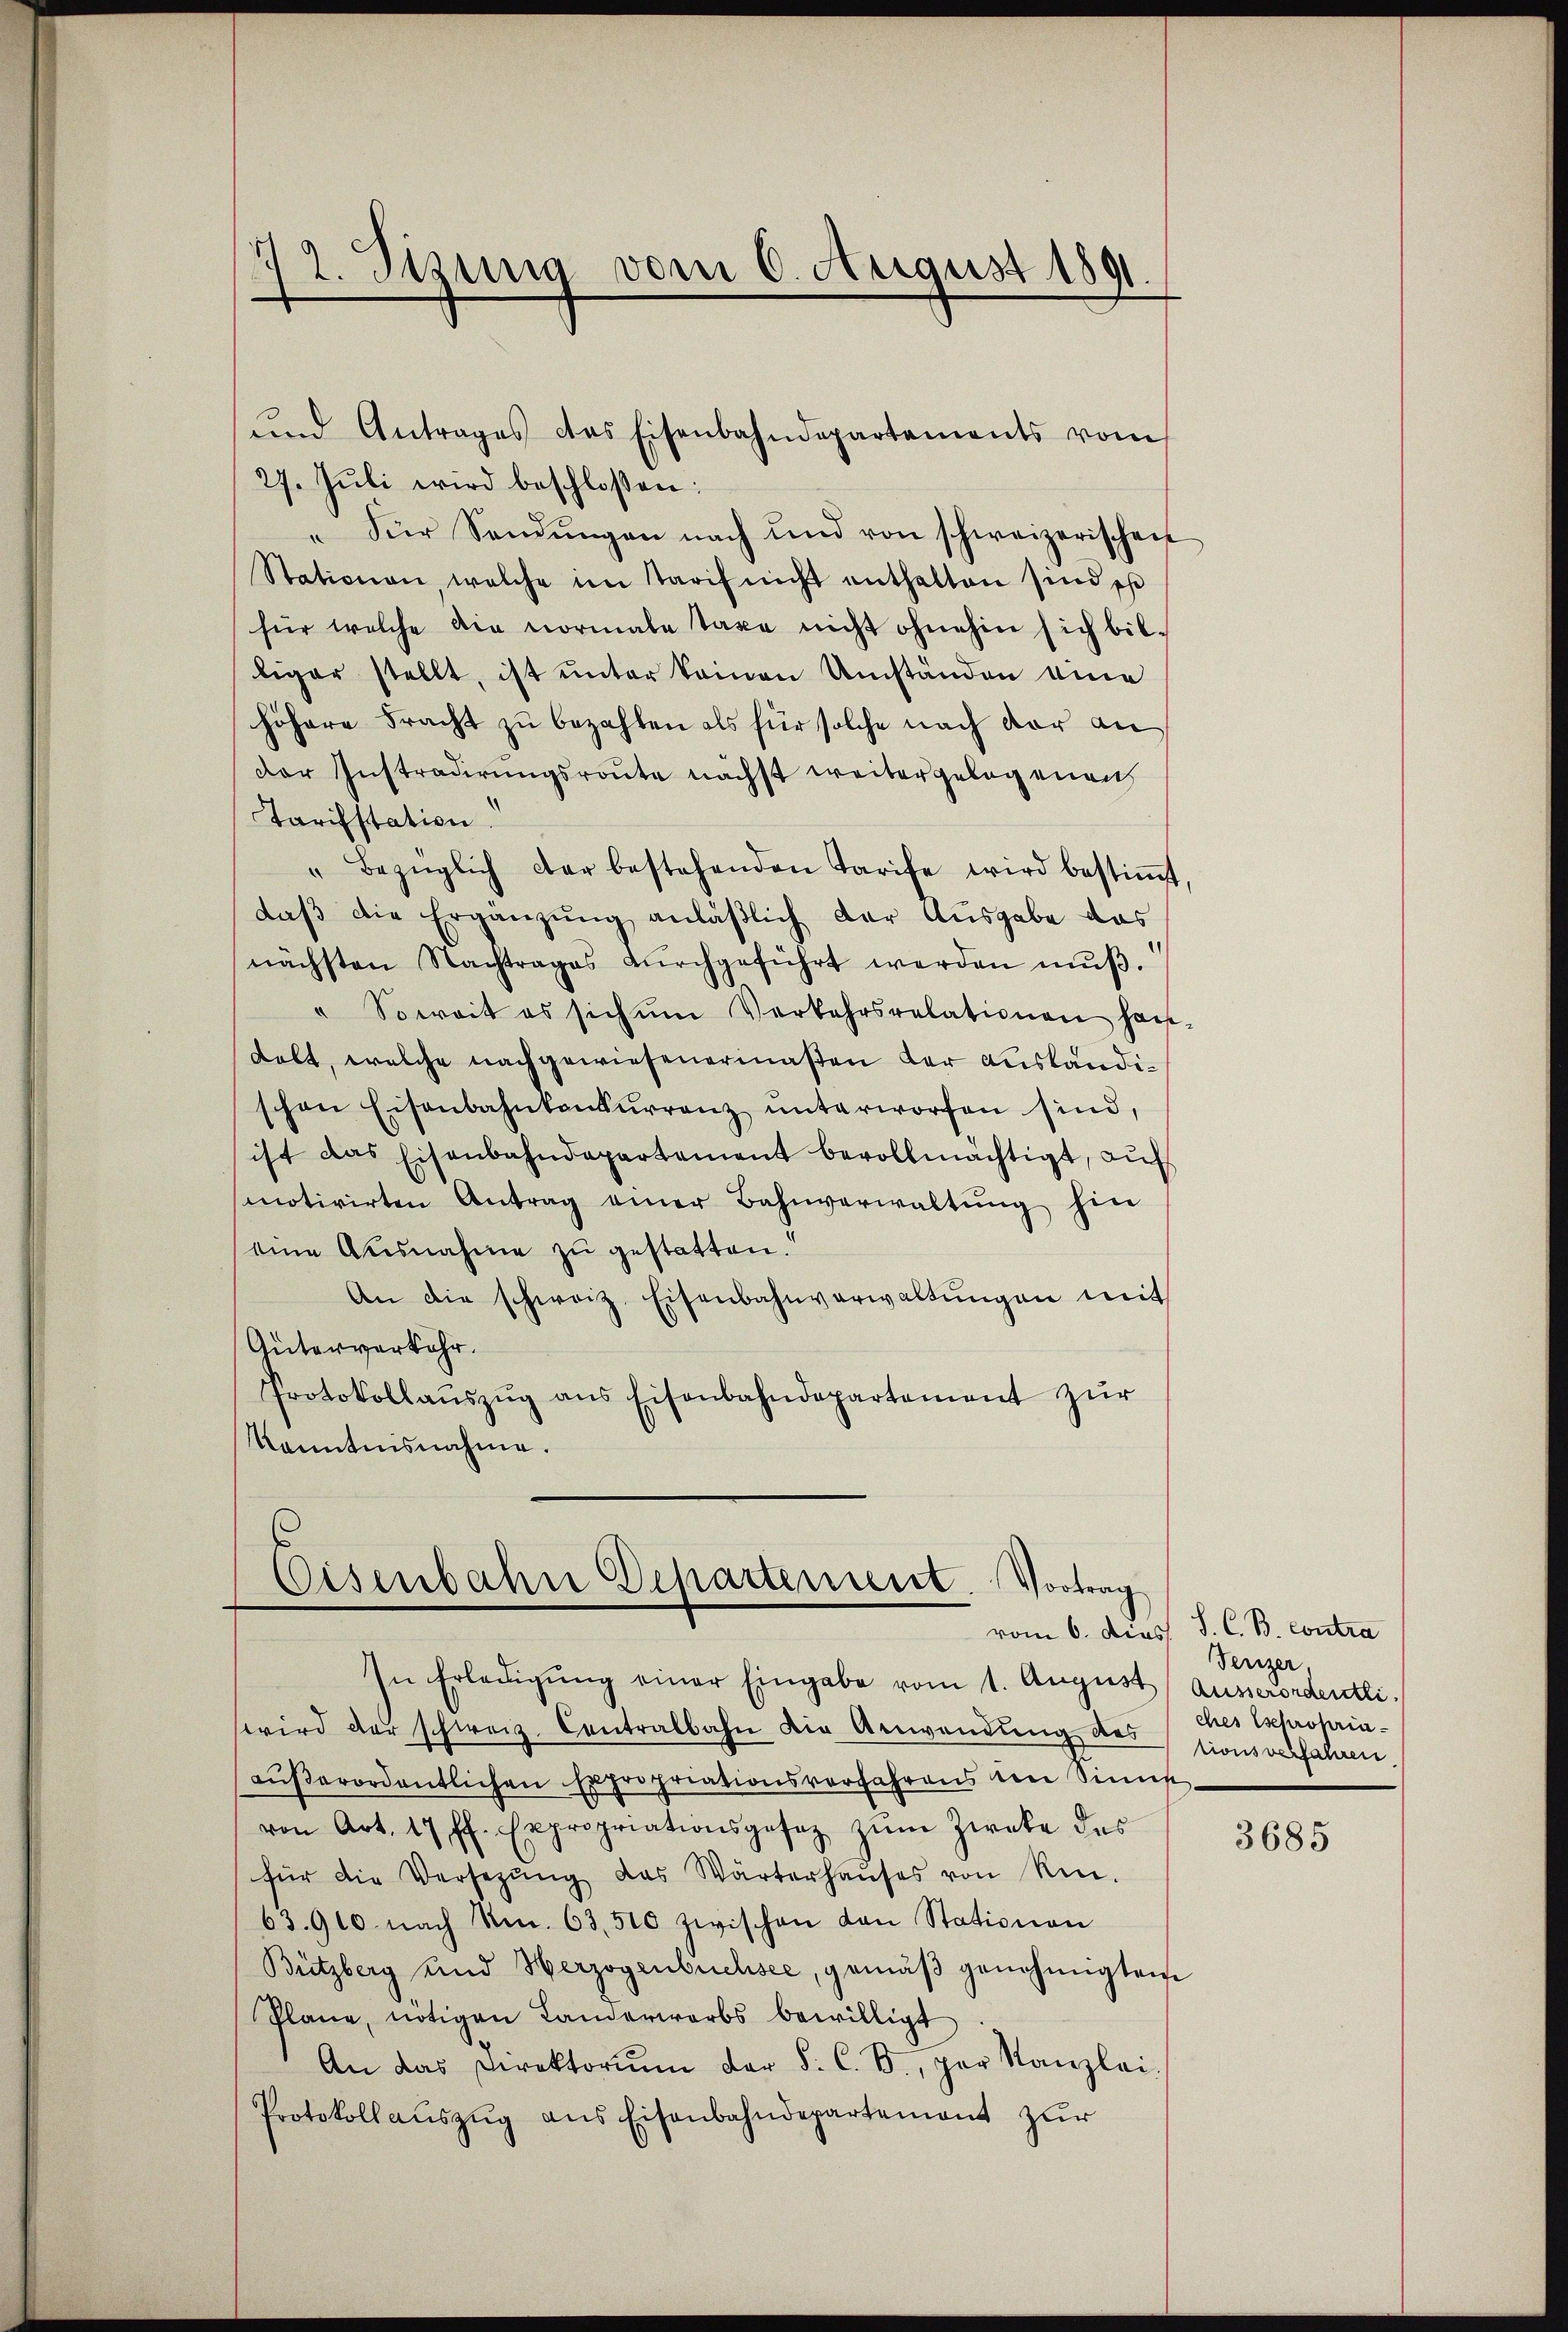
72. Stzung vom 6. August 1891.

27. Jŭli wird beschloßen:
" Der Sendŭngen nach und von schweizerischen
Stationen welche im Tarif nicht enthalten sind es
für welche die vormale Taxe nicht ohnehin sich bil-
liger stellt, ist unter keinen Umständen eine
höhere Fracht zŭ bezahlen als für solche nach dar an
der Instradirungsroute nächst weitergelegenen
Tarifstation.
" bezüglich der bestehenden Tarife wird bestiṁt,
daβ die Ergänzŭng anläßlich der Ausgabe das
nächsten Nachtrages dŭrchgeführt werden mŭβ.
" Soweit es sich ŭm Verkehrsrelationen han-
dobt, welche nachgewiesenerinaßen der ausländischon Eisenbahnkonkurrenz unterworfen sind,
ist das Eisenbahndepartement bevollmächtigt, aŭf
motivirten Antrag einer Bahnverwaltŭng hin
eine Ausnahme zŭ gestatten.
An die schweiz. Eisenbahnverwaltŭngen mit
Güterverkehr.
Protokollaŭszŭg ans Eisenbahndepartement zŭr
Kenntnisnahme.

und Antrages das Eisenbahndepartements vom

Eisenbahn Departement. Vortrag
In Erledigŭng einer Eingabe vom 1. Aŭgŭst

vom 6. Diess. S. C. B. contra

wird der schweiz. Contralbahn die Anwendung des
aŭβerordentlichen Expropriationsverfahrens von Sinn
von Art. 17 ff. Expropriationsgesez zŭm Zweke des
für die Versetzŭng das Wärterhaŭses von Rin-
63.900 nach Nm. 63,510 zwischen den Stationen
Bützberg und Herzogenbüchsee, gemäβ genehmigten
Plane, nötigen Landerwerbs bewilligt
An das Direktorium der S. C. S., par Kanzlei-
Protokoll aŭszŭg ans Eisenbahndepartement zŭr

Feuzer,
Ausserordentli
ches Esepropria
tionsverfahren

3685